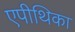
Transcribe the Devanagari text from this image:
एपीथिका